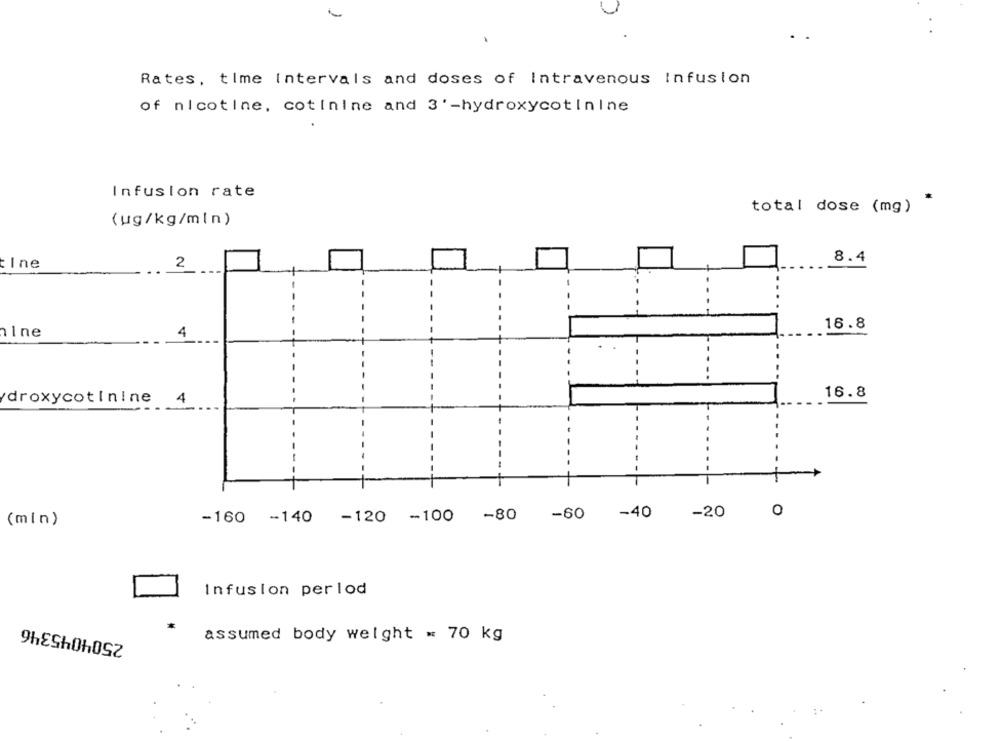
Rates, time Intervals and doses of Intravenous Infusion
of nicotine, cotinine and 3'-hydroxycotinine
Infusion rate
total dose (mg) *
(ug/kg/min)
8.4
Ine
2
16.8
nl ne
4
-.
droxycotinine
4
16.8
0
-160 -140
-120 -100 -80
-60
-40
-20
(min)
Infusion period
2504045346
assumed body weight = 70 kg